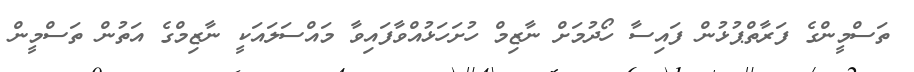
ތަސްމީންގެ ފަރާތްޕުޅުން ފައިސާ ހޯދުމަށް ނާޒިމް ހުށަހަޅުއްވާފައިވާ މައްސަލައަކީ ނާޒިމްގެ އަތުން ތަސްމީން